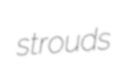
strouds